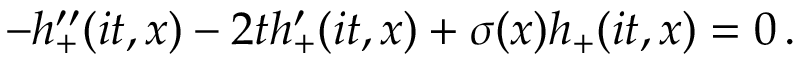
- h _ { + } ^ { \prime \prime } ( i t , x ) - 2 t h _ { + } ^ { \prime } ( i t , x ) + \sigma ( x ) h _ { + } ( i t , x ) = 0 \, .